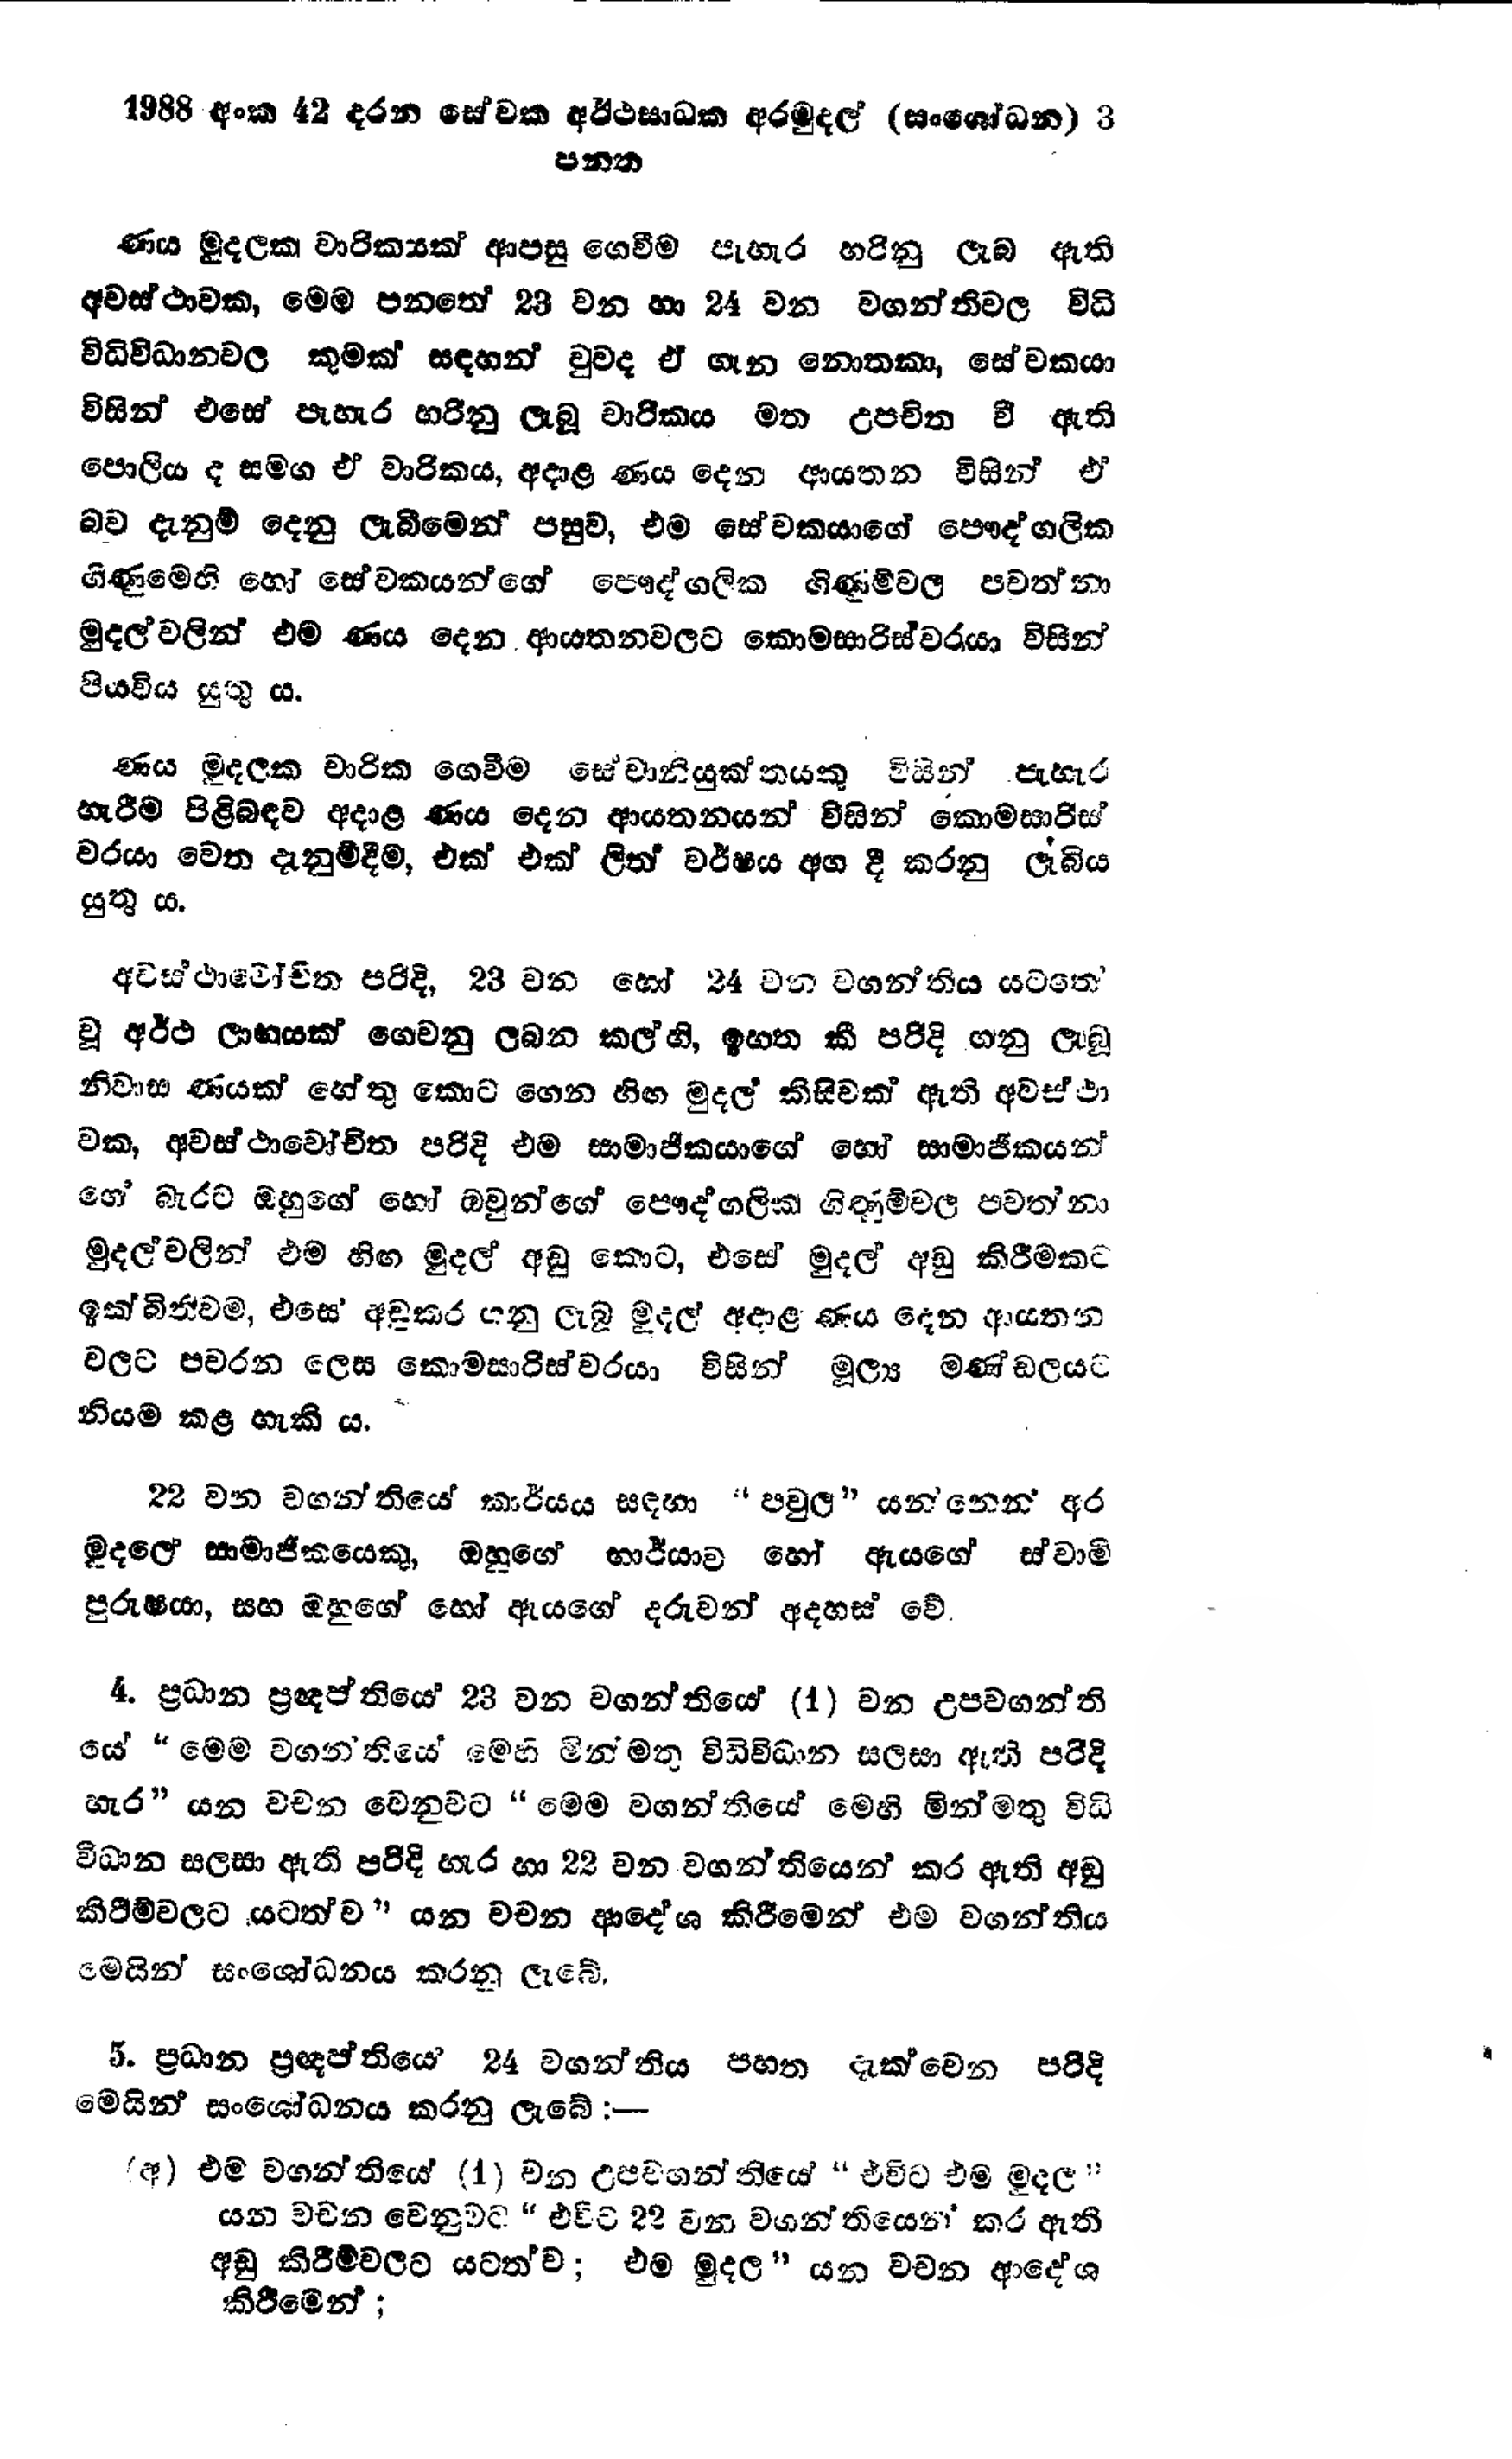
1988 අංක 42 දරන සේවක අර්ථසාධක අරමුදල් (සංශෝධන) 3
පනත

ණය මුදලක වාරිකයක් ආපසු ගෙවීම පැහැර හරිනු ලැබ ඇති
අවස්ථාවක, මෙම පනතේ 23 වන හා 24 වන වගන්තිවල විධි
විධිවිධානවල කුමක් සඳහන් වුවද ඒ ගැන නොතකා, සේවකයා
විසින් එසේ පැහැර හරිනු ලැබූ චාරිකය මත උපචිත වී ඇති
පොලිය ද සමග ඒ වාරිකය, අදාළ ණය දෙන ආයතන විසින් ඒ
බව දැනුම් දෙනු ලැබීමෙන් පසුව, එම සේවකයාගේ පෞද්ගලික
ගිණුමෙහි හෝ සේවකයන්ගේ පෞද්ගලික ගිණුම් වල පවත්නා
මුදල් වලින් එම ණය දෙන ආයතන වලට කොමසාරිස්වරයා විසින්
පියවිය යුතු ය.

ණය මුදලක චාරික ගෙවීම සේවානියුක්තයකු විසින් පැහැර
හැරීම පිළිබඳව අදාළ ණය දෙන ආයතනයන් විසින් කොමසාරිස්
වරයා වෙත දැනුම්දීම, එක් එක් ලිත් වර්ෂය අග දී කරනු ලැබිය
යුතු ය.

අවස්ථාවෝචිත පරිදි, 23 වන හෝ 24 වන වගන්තිය යටතේ
වූ අර්ථ ලාභයක් ගෙවනු ලබන කල්හි, ඉහත කී පරිදි ගනු ලැබූ
නිවාස ණයක් හේතු කොට ගෙන හිඟ මුදල් කිසිවක් ඇති අවස්ථා
වක, අවස්ථාවෝචිත පරිදි එම සාමාජිකයාගේ හෝ සාමාජිකයන්
ගේ බැරට ඔහුගේ හෝ ඔවුන්ගේ පෞද්ගලික ගිණුම් වල පවත්නා
මුදල් වලින් එම හිඟ මුදල් අඩු කොට, එසේ මුදල් අඩු කිරීමකට
ඉක්බිතිවම, එසේ අඩුකර ගනු ලැබූ මුදල් අදාළ ණය දෙන ආයතන
වලට පවරන ලෙස කොමසාරිස්වරයා විසින් මුල්‍ය මණ්ඩලයට
නියම කළ හැකි ය.

22 වන වගන්තියේ කාර්යය සඳහා "පවුල" යන්නෙන් අර
මුදලේ සාමාජිකයෙකු, ඔහුගේ භාර්යාව හෝ ඇයගේ ස්වාමි
පුරුෂයා, සහ ඔහුගේ හෝ ඇයගේ දරුවන් අදහස් වේ.

4. ප්‍රධාන ප්‍රඥප්තියේ 23 වන වගන්තියේ (1) වන උපවගන්ති
යේ මෙම වගන්තියේ මෙහි මින් මතු විධිවිධාන සලසා ඇති පරිදි
හැර" යන වචන වෙනුවට "මෙම වගන්තියේ මෙහි මින්මතු විධි
විධාන සලසා ඇති පරිදි හැර හා 22 වන වගන්තියෙන් කර ඇති අඩු
කි‍රීම්වලට යටත්ව" යන වචන ආදේශ කිරීමෙන් එම වගන්තිය
මෙයින් සංශෝධනය කරනු ලැබේ.

5. ප්‍රධාන ප්‍රඥප්තියේ 24 වගන්තිය පහත දැක්වෙන පරිදි
මෙයින් සංශෝධනය කරනු ලැබේ :--

(අ) එම වගන්තියේ (1) වන උපවහන්තියේ "එවිට එම මුදල"
යන වචන වෙනුවට "එවිට 22 වන වගන්තියෙන් කර ඇති
අඩු කිරීම්වලට යටත්ව; එම මුදල " යන වචන ආදේශ
කිරීමෙන්;